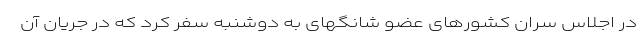
در اجلاس سران کشورهای عضو شانگهای به دوشنبه سفر کرد که در جریان آن